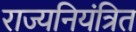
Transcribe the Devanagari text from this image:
राज्यनियंत्रित